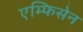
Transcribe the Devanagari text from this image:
एम्फिसेन